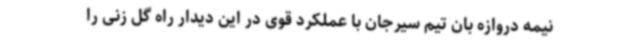
نیمه دروازه بان تیم سیرجان با عملکرد قوی در این دیدار راه گل زنی را